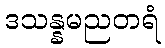
ဒသန္နမညတရံ